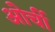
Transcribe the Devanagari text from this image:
ओर्ची